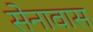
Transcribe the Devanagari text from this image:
सेनावास